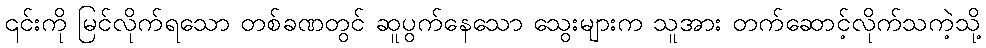
၎င်းကို မြင်လိုက်ရသော တစ်ခဏတွင် ဆူပွက်နေသော သွေးများက သူအား တက်ဆောင့်လိုက်သကဲ့သို့